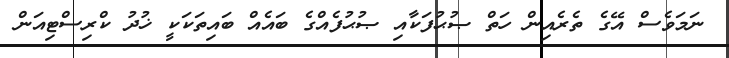
ނަމަވެސް އޭގެ ތެރެއިން ހަތް ޞުޙުފަކާއި ޞުޙުފެއްގެ ބައެއް ބައިތަކަކީ ޚުދު ކްރިސްޓިއަން